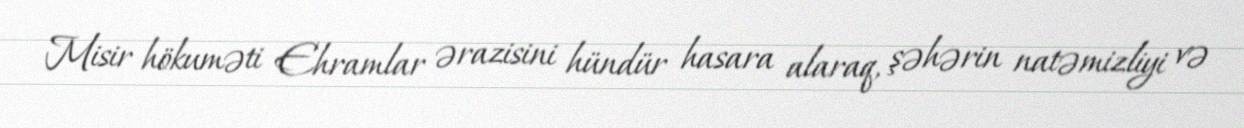
Misir hökuməti Ehramlar ərazisini hündür hasara alaraq, şəhərin natəmizliyi və